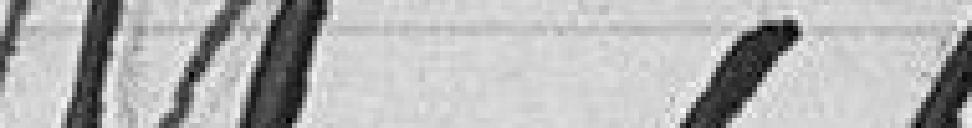
Muni